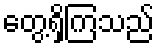
တွေ့ရှိကြသည်